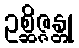
ဥစ္ဆိဇ္ဇန္တု